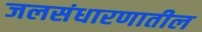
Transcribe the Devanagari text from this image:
जलसंधारणातील